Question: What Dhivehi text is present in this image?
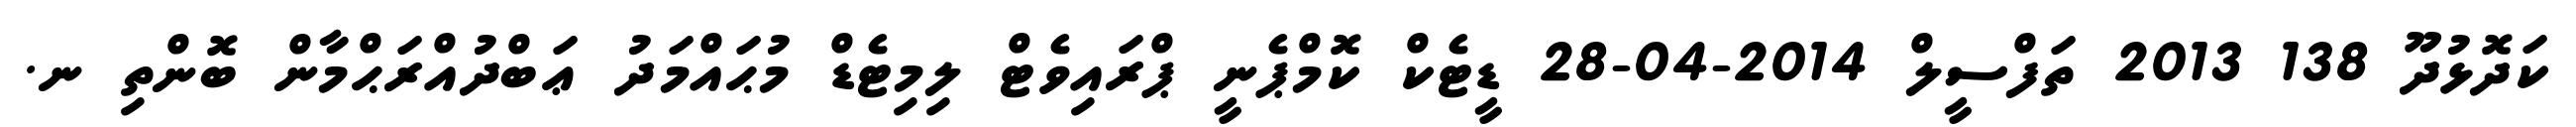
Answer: ކަދޮޅުދޫ 138 2013 ތަފްސީލް 2014-04-28 ޑީޓެކް ކޮމްޕެނީ ޕްރައިވެޓް ލިމިޓެޑް މުޙައްމަދު ޢަބްދުއްރަޙްމާން ބޮންތި ނ.